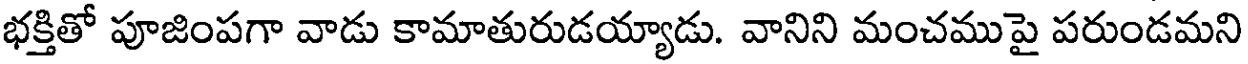
భక్తితో పూజింపగా వాడు కామాతురుడయ్యాడు. వానిని మంచముపై పరుండమని